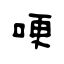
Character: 哽